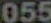
055